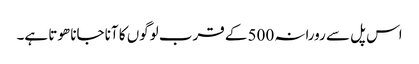
اس پل سے رورانہ 500 کے قرب لوگوں کا آنا جانا ھوتا ہے۔